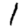
Digit: 1